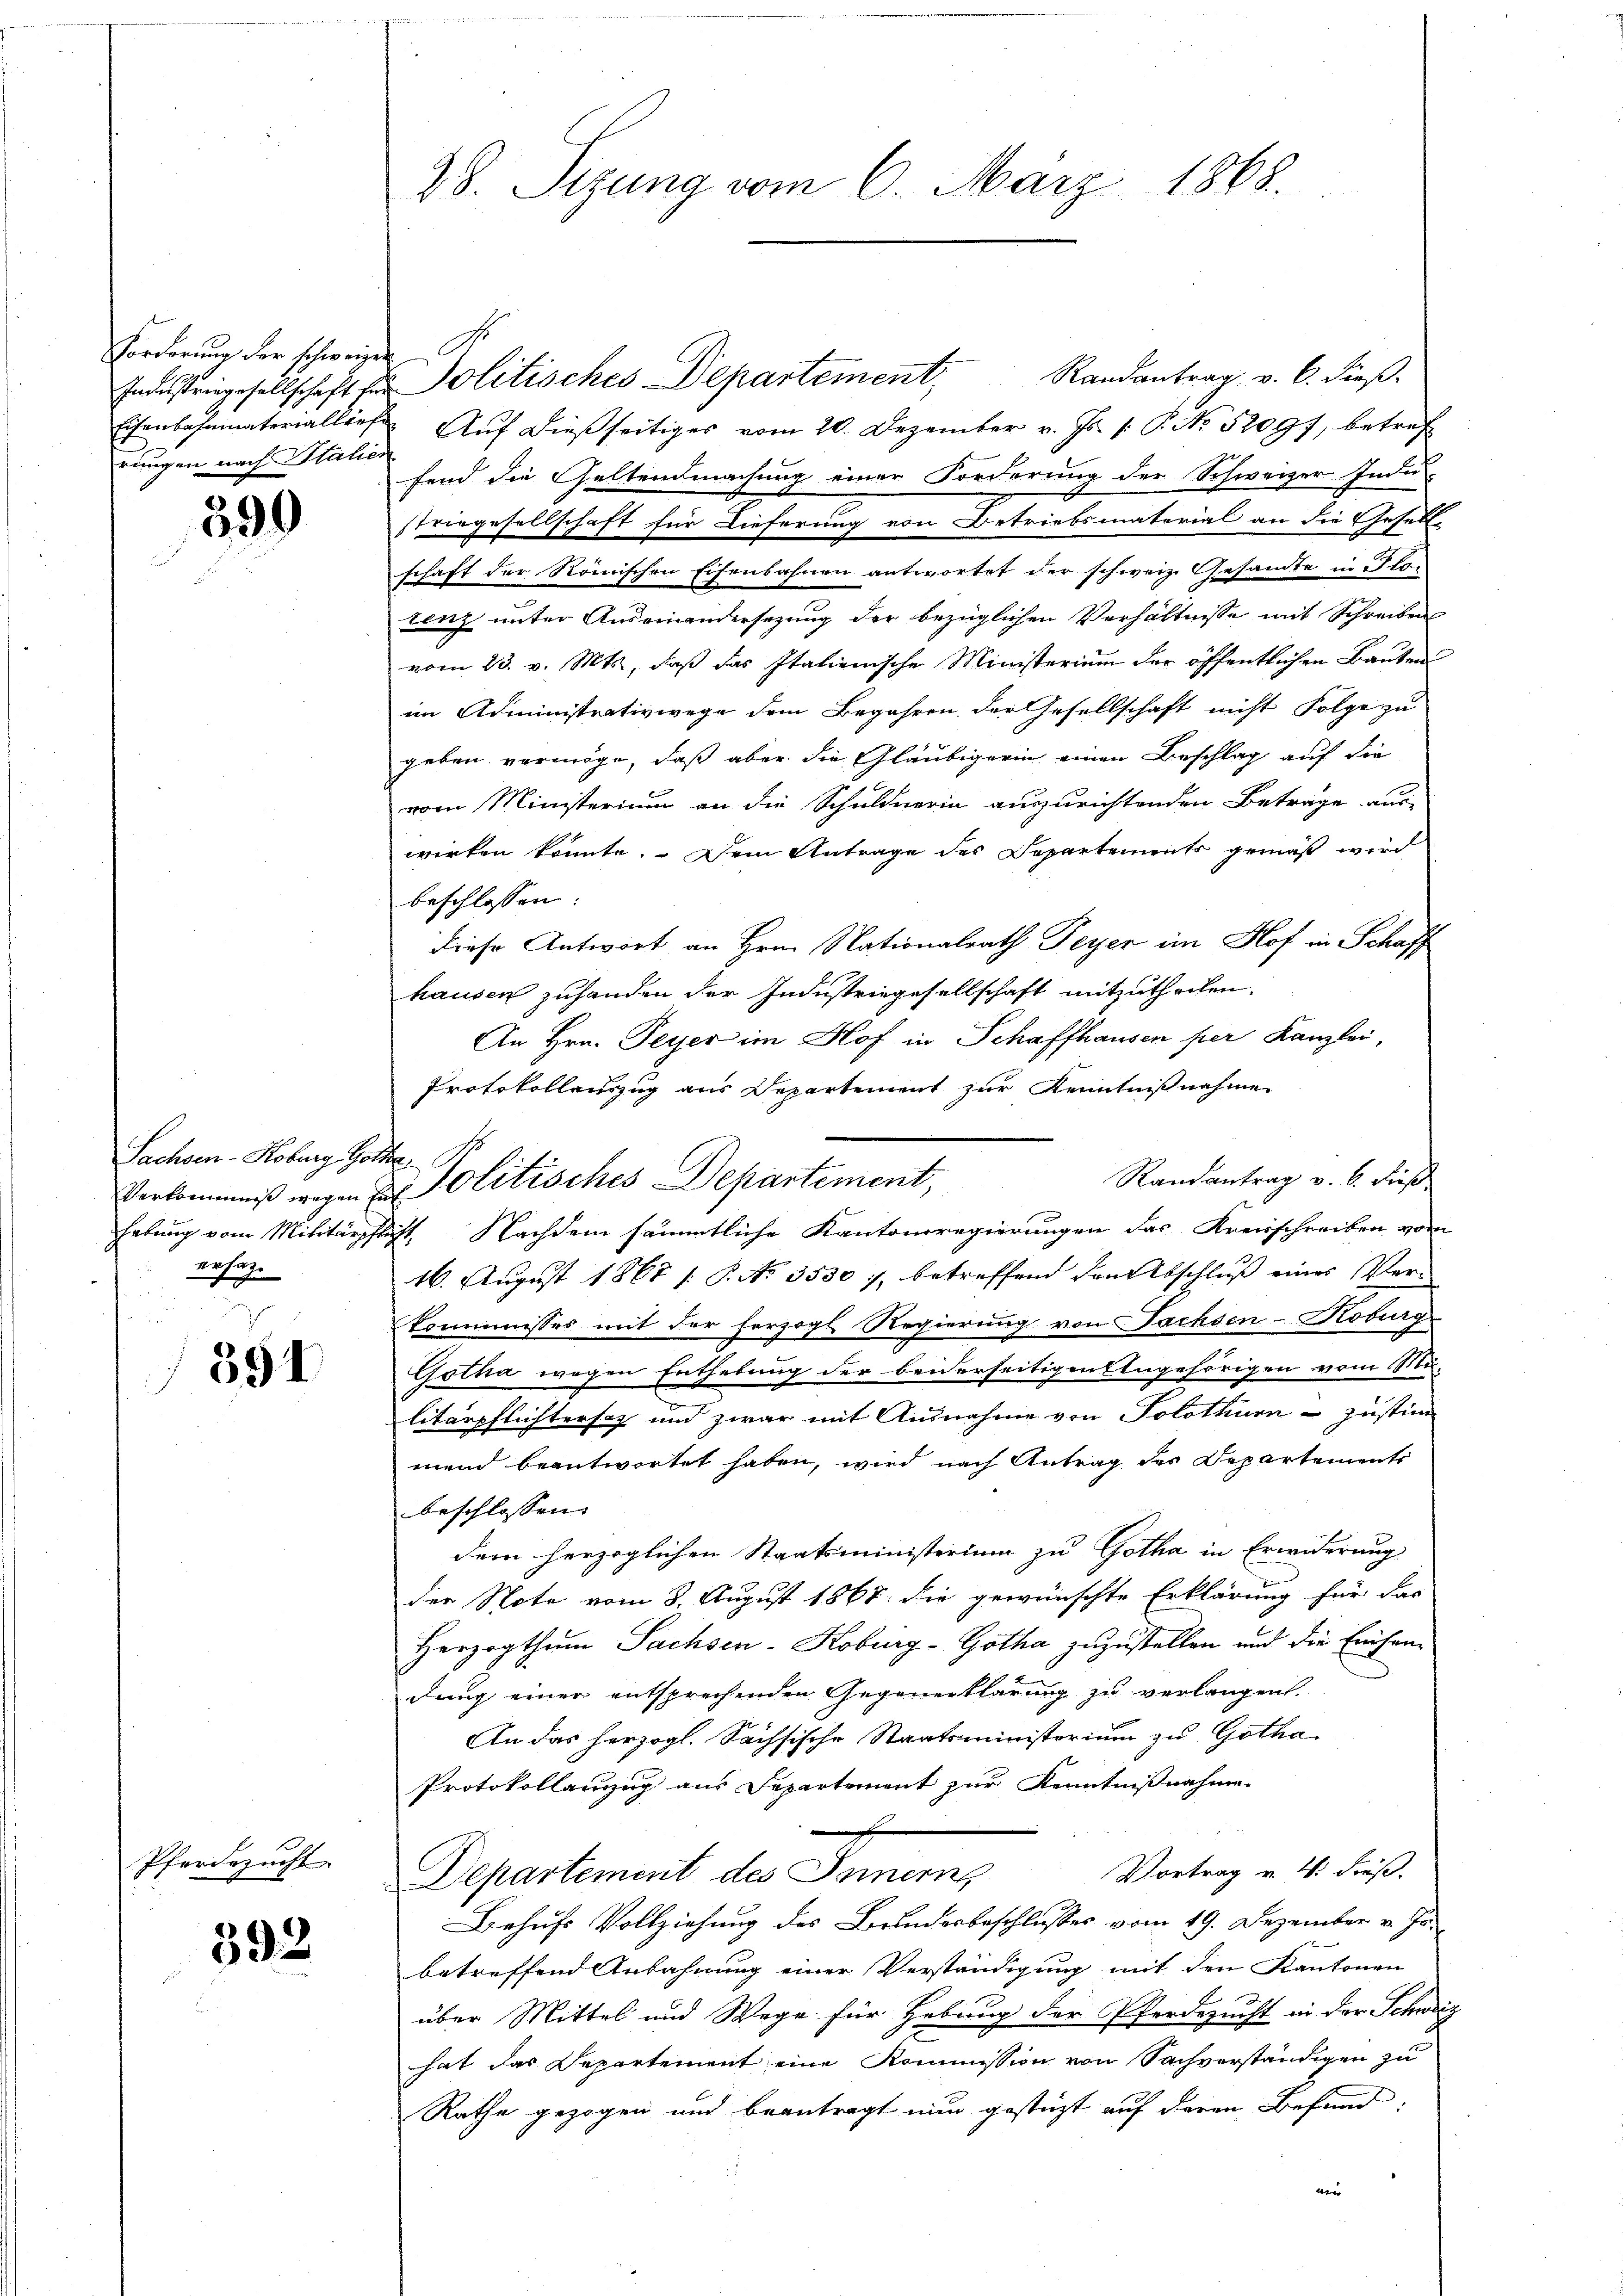
Forderung der schweizen Sr.
rungen nach Italien

590

Sachsen-Koburg, Gotte
erhaz.

391

Pferdezucht.

392

Industrigesellschaft für Politisches Departement, Randantrag v. 6. dieβ-
Eisenbahnmateriallief. Auf dießseitiges vom 20. Dezember v. Js. 1. P. No. 52097, betref
fend die Geltendmachung einer Forderung der Schweizer Indu-
striegesellschaft für Dieferung von Betriebsmaterial an die Gesell-
schaft der Römischen Eisenbahnen antwortet der schweiz. Gesandte in Iloi
tenz unter Auseinandersezung der bezüglichen Verhältnisse mit Schreiben
vom 23. v. Mts, daß das Italienische Ministerium der öffentlichen Bauten
im Administrativwege dem Begehren der Gesellschaft nicht Folge zu
geben vermöge, daß aber die Gläubigerin einen Beschlag auf die
vom Ministerium an die Schuldnerin auszurichtenden Betrage aus-
wirken könnte. Dem Antrage des Departements gemäß wird
beschlossen:
diese Antwort an Hrn. Nationalrath Peyer im Hof in Schaff
hausen zuhanden der Industriegesellschaft mitzutheilen.
An Hrn. Peyer im Hof in Schaffhausen per Kanzlei,
Protokollauszug aus Departement zur Kenntnißnahme
Randantrag v. 6. Fuß.
habung vom Militärpflicht. Nachdem sämmtliche Kantonsregierungen das Kreisschreiben vom
16. August 1867 /: P. No 3530), betreffend den Abschluß eines Ver-
kommnisses mit der forzogl. Regierung von Fachsen-Koburg
Gotha wegen Enthebung der beiderseitigen Angehörigen vom Mu-
litärpflichtersez und zwar mit Ausnahme von Solothurn - Justim
mend beantwortet haben, wird nach Antrag der Departements
beschlossen. |
dem herzoglichen Staatsministerium zu Gotha in Erwiderung
der Note vom 8. August 1867 die gewünschte Erklärung für das
Herzogthum Sachsen-Koburg-Gotha zuzustellen und die Einsandung einer entsprechenden Gegenerklärung zu verlangen.
An das herzogl. Sächsische Staatsministorium zu Gotha
Protokollanzzug aus Departement zur Kenntnißnahme.
Vortrag v. 4. dieß.
Departement der Samen,
Behufs Vollziehung des Brundesbeschlusses vom 19. Dezember v. Jabetreffend Anbahnung einer Verständigung mit den Kantonen
über Mittel und Wege für Hebung der Pferdezucht in der Schweiz
hat das Departement eine Kommission von Sachverständigen zu
Rathe gezogen und beantragt nun gestüzt auf deren Befund
wen

28. Sizung vom 6. März 1868.

Verkommniß wegen u. Politisches Departement,